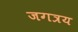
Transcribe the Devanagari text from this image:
जगत्रय